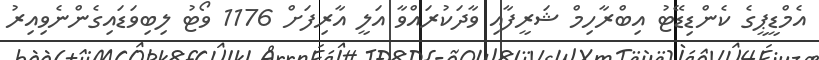
އެމްޑީޕީގެ ކެންޑިޑޭޓު އިބްރާހިމް ޝަރީފާއި ވާދަކުރައްވާ އަލީ އާރިފަށް 1176 ވޯޓު ލިބިވަޑައިގެންނެވިއިރު